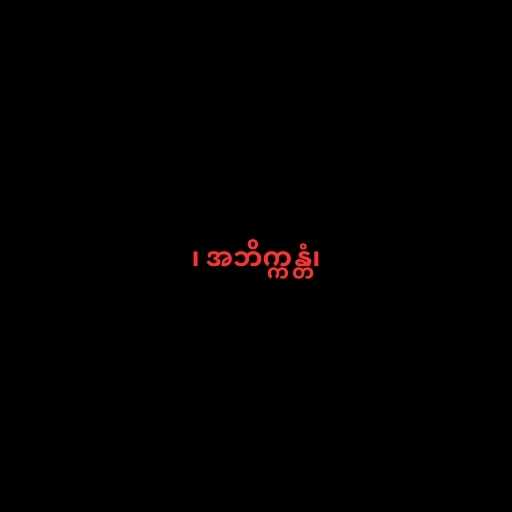
၊ အဘိက္ကန္တံ၊